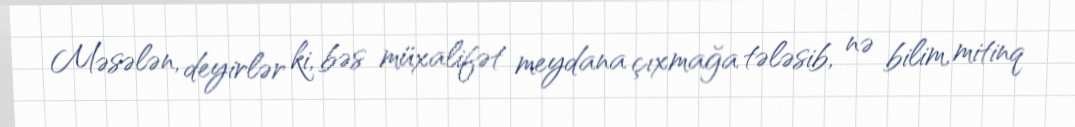
Məsələn, deyirlər ki, bəs müxalifət meydana çıxmağa tələsib, nə bilim, mitinq